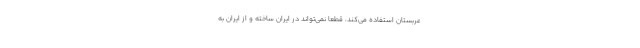
عربستان استفاده می‌کند، قطعا نمی‌تواند در ایران ساخته و از ایران به